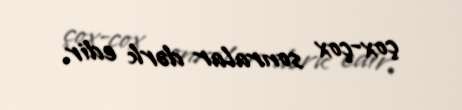
çox-çox sonralar dərk edir.